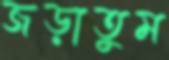
জড়াতুম